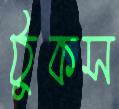
ঠুকস